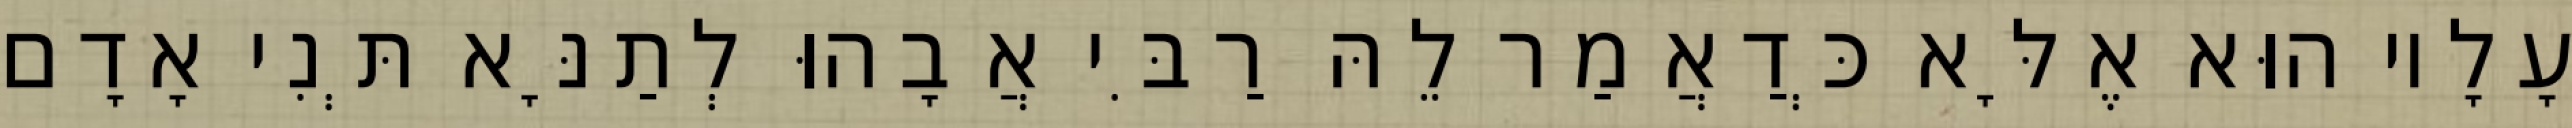
עָלָיו הוּא אֶלָּא כְּדַאֲמַר לֵהּ רַבִּי אֲבָהוּ לְתַנָּא תְּנִי אָדָם